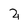
Character: 2